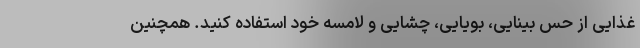
غذایی از حس بینایی، بویایی، چشایی و لامسه خود استفاده کنید. همچنین